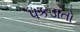
પકડાતો